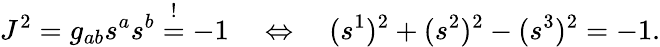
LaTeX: J^{2}=g_{ab}s^{a}s^{b}\stackrel{!}{=}-1\quad\Leftrightarrow\quad(s^{1})^{2}+(s^{2})^{2}-(s^{3})^{2}=-1.